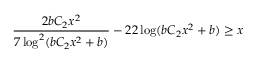
\frac { 2 b C _ { 2 } x ^ { 2 } } { 7 \log ^ { 2 } ( b C _ { 2 } x ^ { 2 } + b ) } - 2 2 \log ( b C _ { 2 } x ^ { 2 } + b ) \geq x